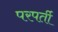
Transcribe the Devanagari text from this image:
परपर्ती